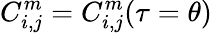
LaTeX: C_{i,j}^{m}=C_{i,j}^{m}(\tau=\theta)